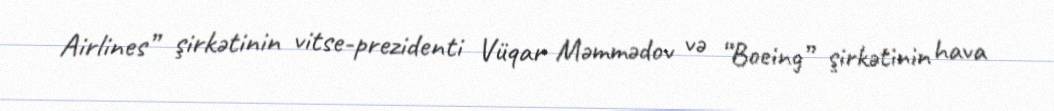
Airlines” şirkətinin vitse-prezidenti Vüqar Məmmədov və “Boeing” şirkətinin hava